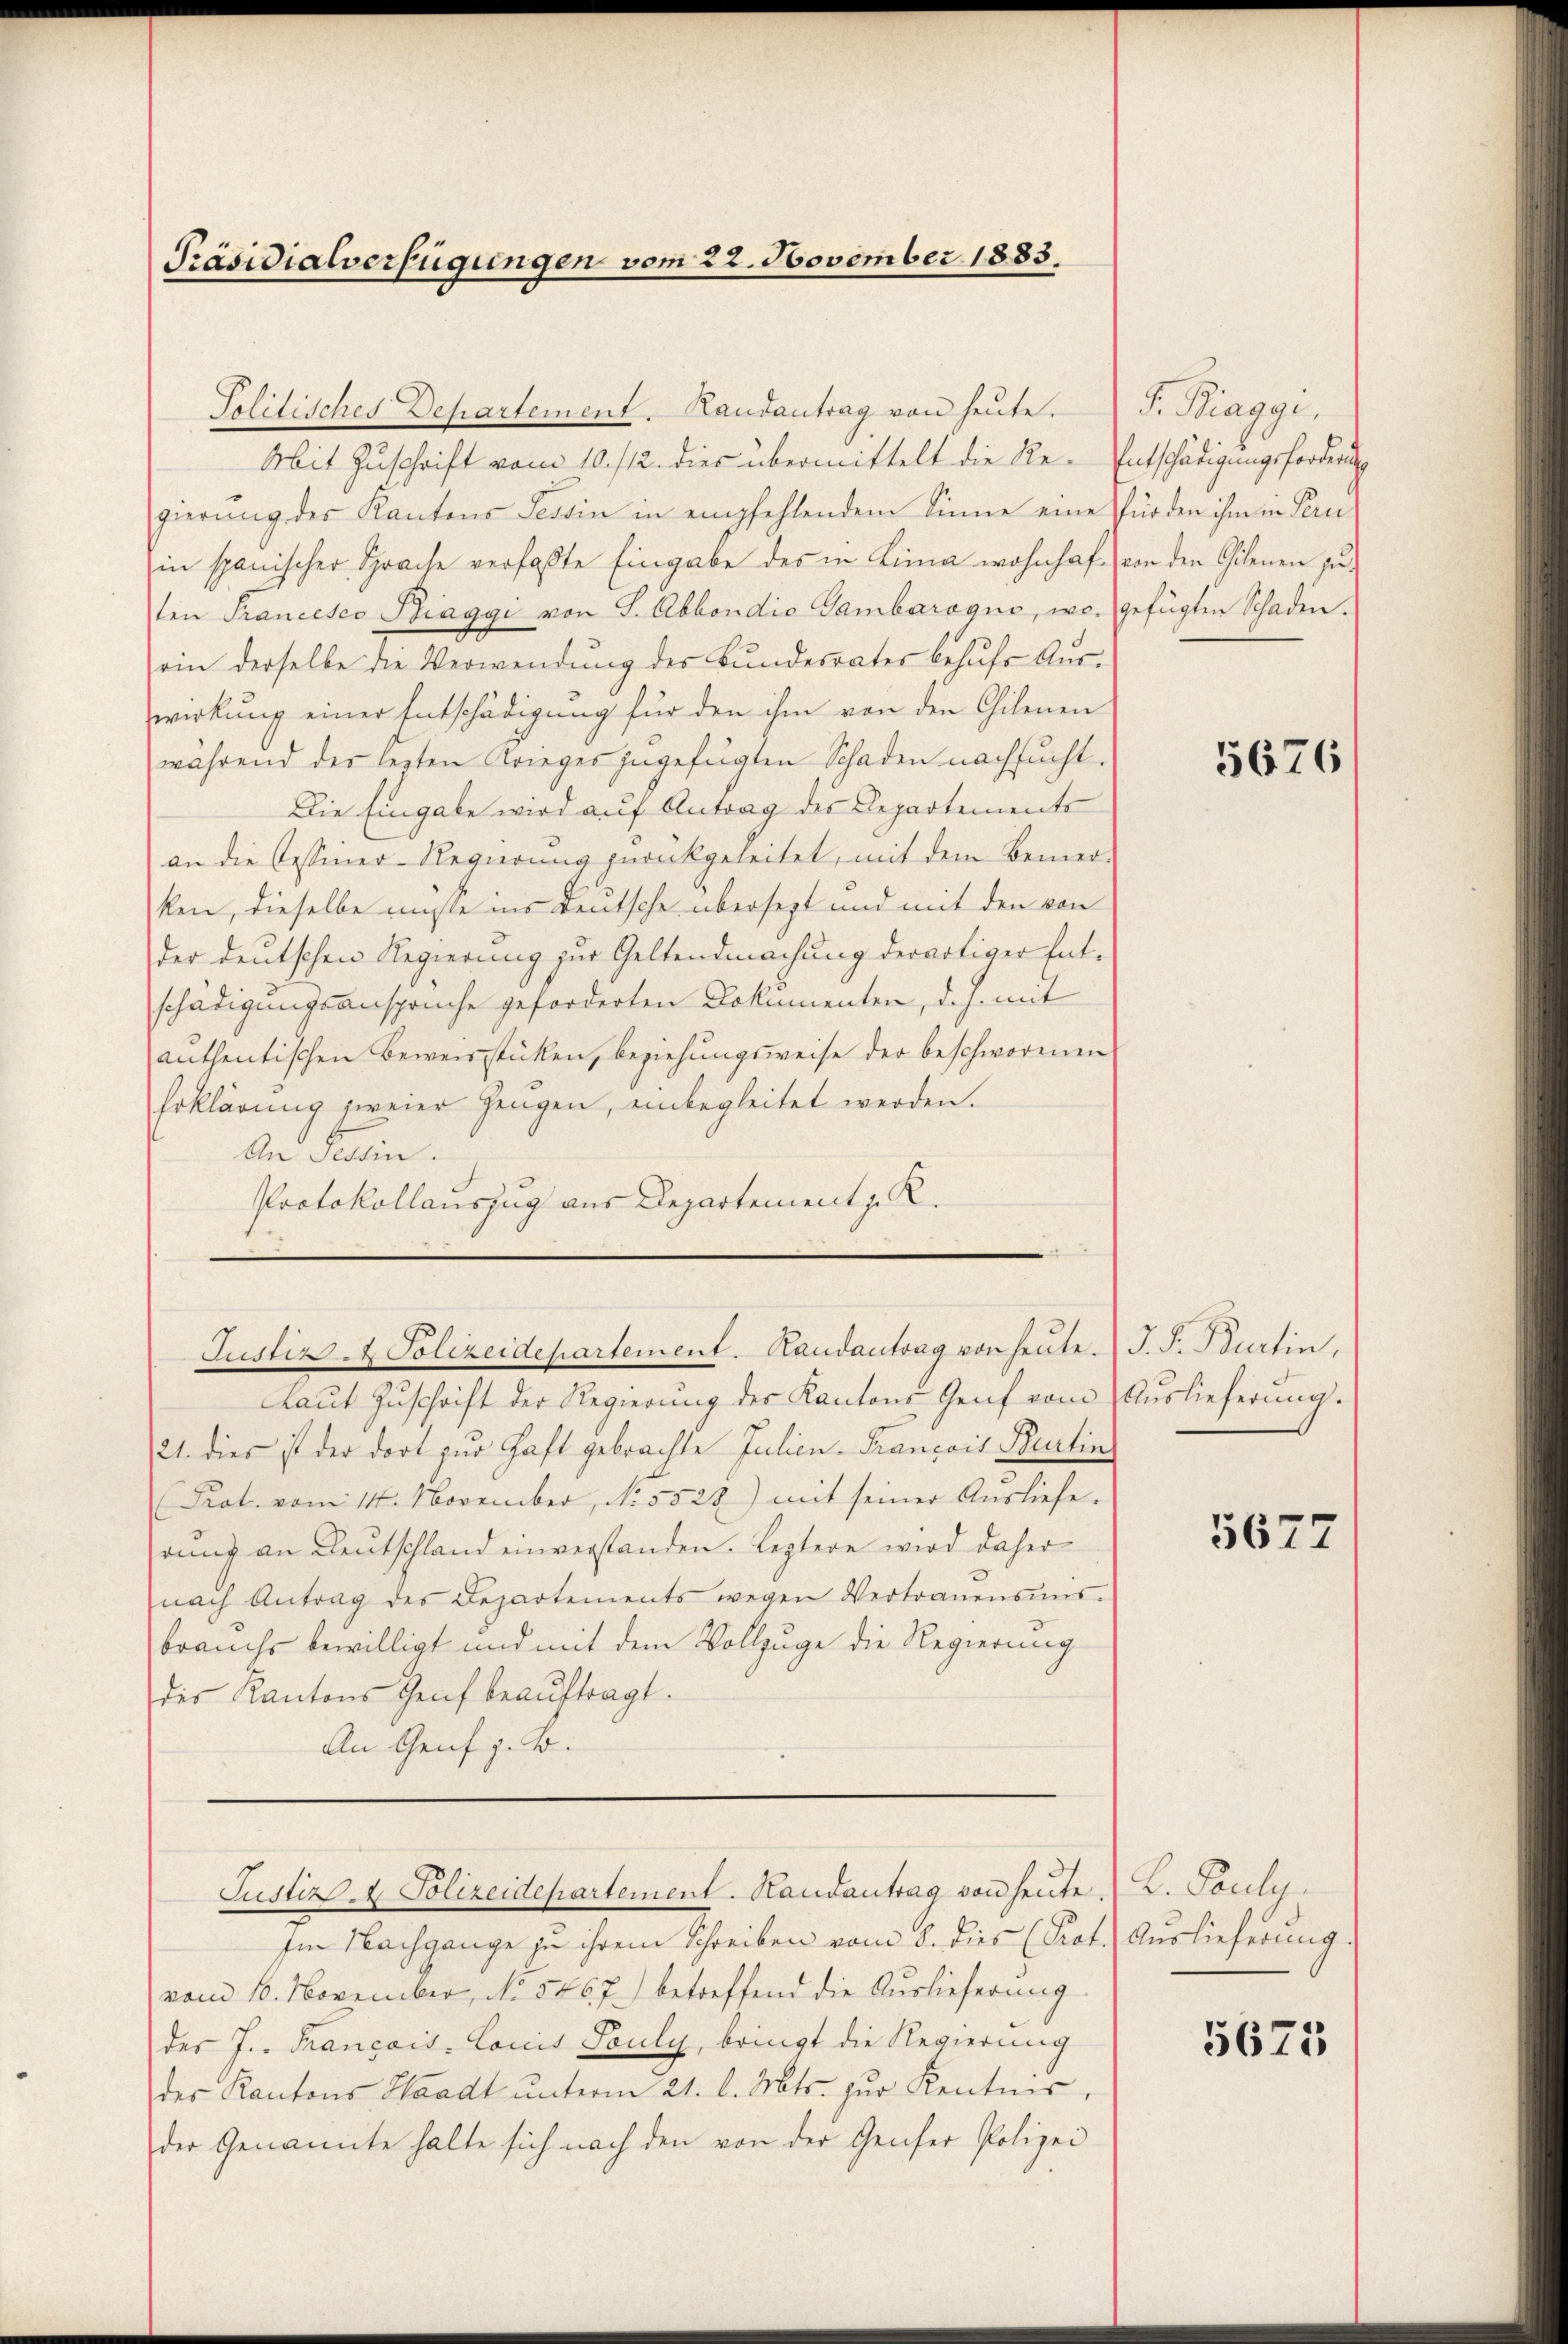
Präsidialverfügungen vom 22. November 1883.

Solitisches Departement. Landantrag von heŭte.
Mit Zuschrift vom 10. /12. dies übermittelt die Re-Entschädigungsforderung
gierung des Kantons Tessin in empfehlendem Sinne eine fürden ihm in Peru-
in spanischer Sprache verfaßte Eingabe des in Lina wohnhaf.) von den Gelenen zuten Francesco Biaggi von S. Abbondio Gambarogno, wo gefügten Schaden.
rin derselbe die Verwendung des Bundesrates behufs Auswirkung einer Entschädigung für den ihm von den Chilenen
während der lezten Krieges zugefügten Schaden nachsucht.
Die Eingabe wird auf Antrag des Departements
an die bessener-Regierung zurückgeleitet, mit dem Bemer-
ken, dieselbe müste ins Leutsche übersetzt und mit den von
der deutschen Regierung zur Geltendmachung derartiger Entschädigungsansprüche geforderten Dokumenten, d. h. mit
anthentischen Beweisstücken, beziehungsweise der beschworenen
Erklärung zweier Gengen, einbegleitet werden.
An Tessin.
Protokollauszug aus Departement z. R.

Justiz- & Polizeidepartement. Landantrag von heute. J. F. Burtin,

Justiz- & Polizeidepartement. Handantrag von heute.

Laŭt Zŭschrift der Regierung des Kantons Genf vom Auslieferung.
21. dies ist der dort zur Haft gebrachte Julien-Francois Burtin
(Prat. vom 11. November, No. 5528) mit seiner Ausliefe.
rŭng an Deutschland einverstanden. Leztere wird daher
nach Antrag des Departements wegen Vertrauensmis-
brauchs bewilligt und mit dem Vollzuge die Regierung
des Kantons Genf beaŭftragt.
An Genf z. B.

Im Nachgange zu ihrem Schreiben vom 8. dies (Prot. Auslieferung
vom 16. November, No. 5467) betreffend die Auslieferung
der J. Trançais-Conis Souly, bringt die Regierung
des Kantons Waadt unterm 21. l. Mts. zur Kentnis,
der Genannte halte sich nach den von der Genfer Polizei

S. Maggi,

5676

5677

D. Pauli.

5675